Annual administration and progress report of the Indian Medical Department, Bombay
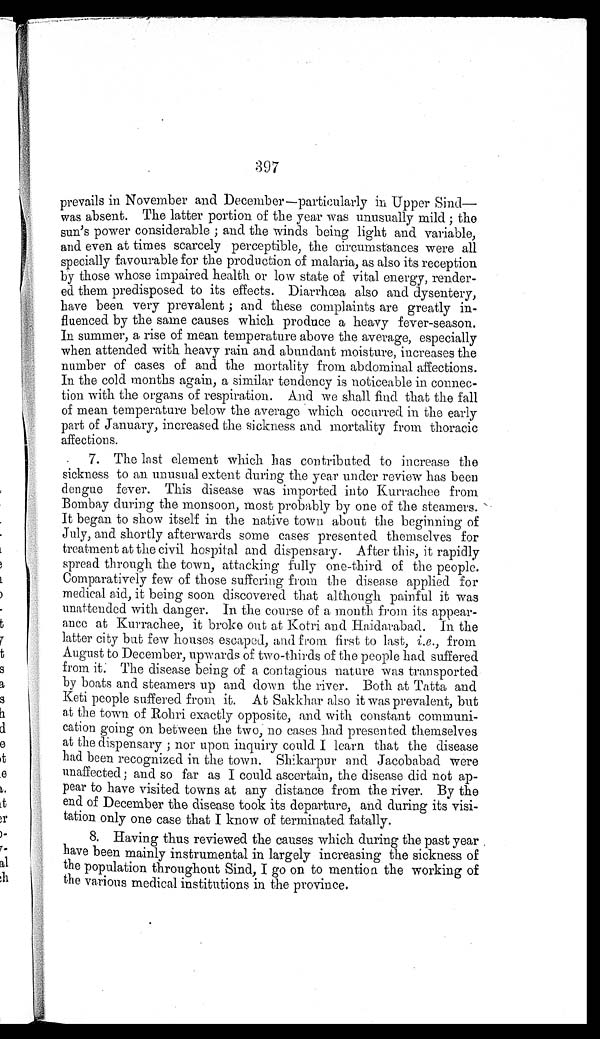
397
prevails in November and December—particularly in Upper Sind
—
was absent. The latter portion of the year was unusually mild; the
sun's power considerable; and the winds being light and variable,
and even at times scarcely perceptible, the circumstances were all
specially favourable for the production of malaria, as also its reception
by those whose impaired health or low state of vital energy, render
-
ed them predisposed to its effects. Diarrhœa also and dysentery,
have been very prevalent; and these complaints are greatly in
-
fluenced by the same causes which produce a heavy fever-season.
In summer, a rise of mean temperature above the average, especially
when attended with heavy rain and abundant moisture, increases the
number of cases of and the mortality from abdominal affections.
In the cold months again, a similar tendency is noticeable in connec
-
tion with the organs of respiration. And we shall find that the fall
of mean temperature below the average which occurred in the early
part of January, increased the sickness and mortality from thoracic
affections.
7. The last element which has contributed to increase the
sickness to an unusual extent during the year under review has been
dengue fever. This disease was imported into Kurrachee from
Bombay during the monsoon, most probably by one of the steamers.
It began to show itself in the native town about the beginning of
July, and shortly afterwards some cases presented themselves for
treatment at the civil hospital and dispensary. After this, it rapidly
spread through the town, attacking fully one-third of the people.
Comparatively few of those suffering from the disease applied for
medical aid, it being soon discovered that although painful it was
unattended with danger. In the course of a month from its appear
-
ance at Kurrachee, it broke out at Kotri and Haidarabad. In the
latter city but few houses escaped, and from first to last, i . e ., from
August to December, upwards of two-thirds of the people had suffered
from it. The disease being of a contagious nature was transported
by boats and steamers up and down the river. Both at Tatta and
Keti people suffered from it. At Sakkhar also it was prevalent, but
at the town of Rohri exactly opposite, and with constant communi
-
cation going on between the two, no cases had presented themselves
at the dispensary; nor upon inquiry could I learn that the disease
had been recognized in the town. Shikarpur and Jacobabad were
unaffected; and so far as I could ascertain, the disease did not ap
-
pear to have visited towns at any distance from the river. By the
end of December the disease took its departure, and during its visi
-
tation only one case that I know of terminated fatally.
8. Having thus reviewed the causes which during the past year
have been mainly instrumental in largely increasing the sickness of
the population throughout Sind, I go on to mention the working of
the various medical institutions in the province.